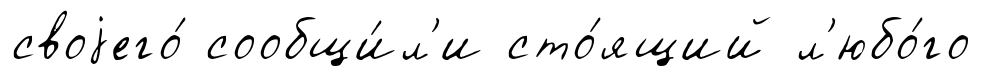
своjего́ сообщи́л'и сто́ящий л'юбо́го